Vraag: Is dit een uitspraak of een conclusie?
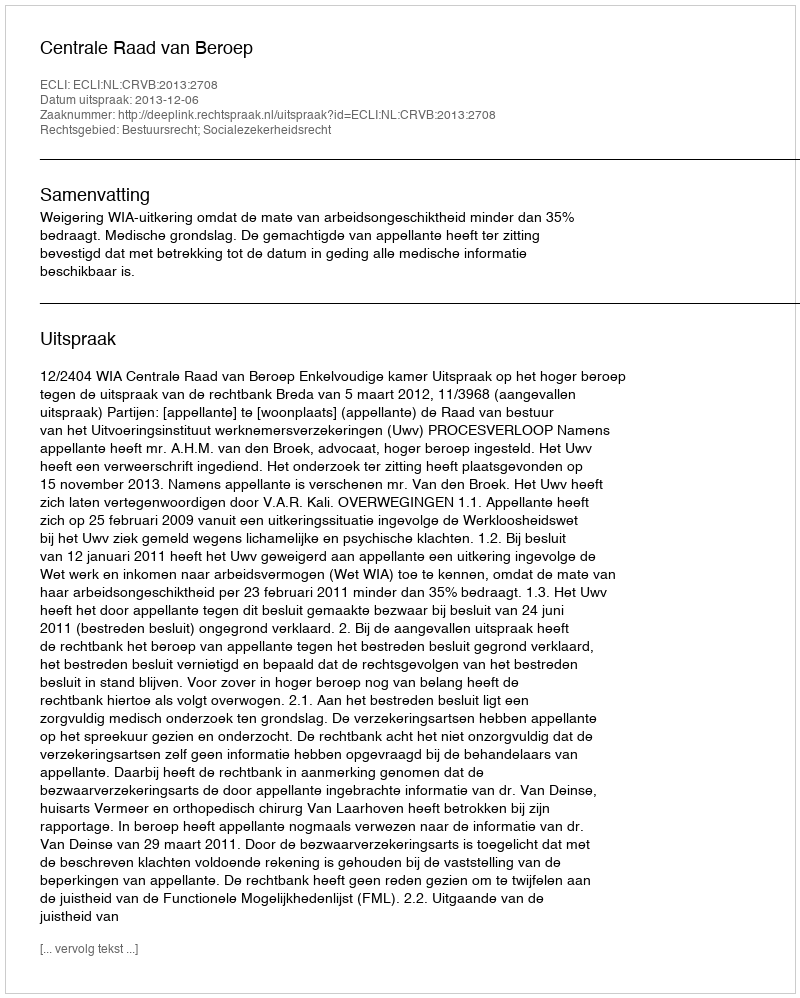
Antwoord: Uitspraak